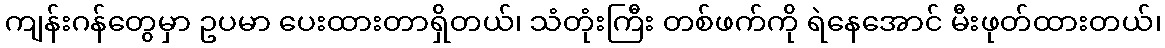
ကျန်းဂန်တွေမှာ ဥပမာ ပေးထားတာရှိတယ်၊ သံတုံးကြီး တစ်ဖက်ကို ရဲနေအောင် မီးဖုတ်ထားတယ်၊